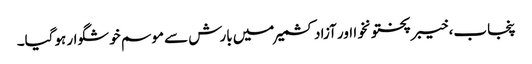
پنجاب، خیبرپختونخوا اور آزادکشمیر میں بارش سے موسم خوشگوار ہوگیا۔